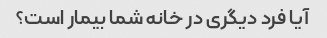
آیا فرد دیگری در خانه شما بیمار است؟